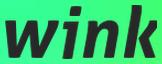
wink